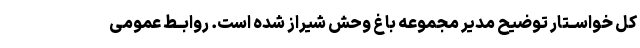
کل خواســتار توضیح مدیر مجموعه باغ وحش شیراز شده است. روابــط عمومى